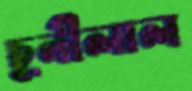
চুনীলাল